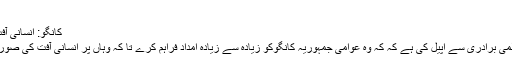
(06.11.2008)
کانگو: انسانی آفت پر قابو کیسے پایا جائے
فرانس اور برطانیہ نے عالمی برادری سے اپیل کی ہے کہ کہ وہ عوامی جمہوریہ کانگوکو زیادہ سے زیادہ امداد فراہم کرے تا کہ وہاں پر انسانی آفت کی صورتحال پر قابو پایا جا سکے۔